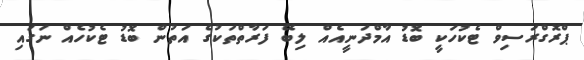
ޕްރޮގްރަސިވް ޓެކުހަކީީ ބޮޑު އާމްދަނީއެއް ލިބޭ ފަރާތްތަކުގެ އަތުން ބޮޑު ޓެކުހެއް ނަގައި